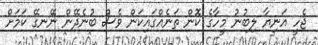
ޖެހީ އަނިޔާ ލިބުނު މީހާގެ ކޮން ތަނެއްގައިކަން ވެސް ބުނެދޭން ނޭނގޭ ކަމަށް